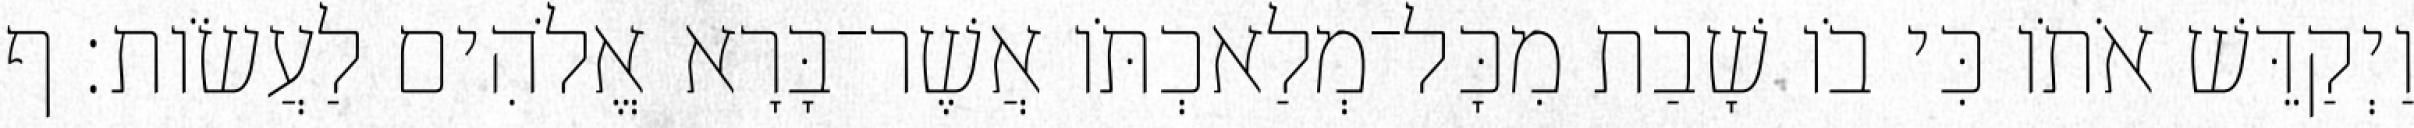
וַיְקַדֵּשׁ אֹתֹו כִּי בֹו שָׁבַת מִכָּל־מְלַאכְתֹּו אֲשֶׁר־בָּרָא אֱלֹהִים לַעֲשֹׂות׃ ף